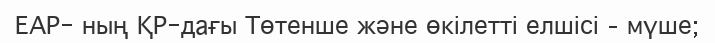
ЕАР- ның ҚР-дағы Төтенше және өкілетті елшісі – мүше;